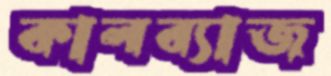
কালব্যাজ